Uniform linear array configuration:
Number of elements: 4
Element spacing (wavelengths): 0.25
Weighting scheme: blackman
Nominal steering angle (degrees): -45
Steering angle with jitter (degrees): -45.069
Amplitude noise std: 0.05
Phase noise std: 0.05

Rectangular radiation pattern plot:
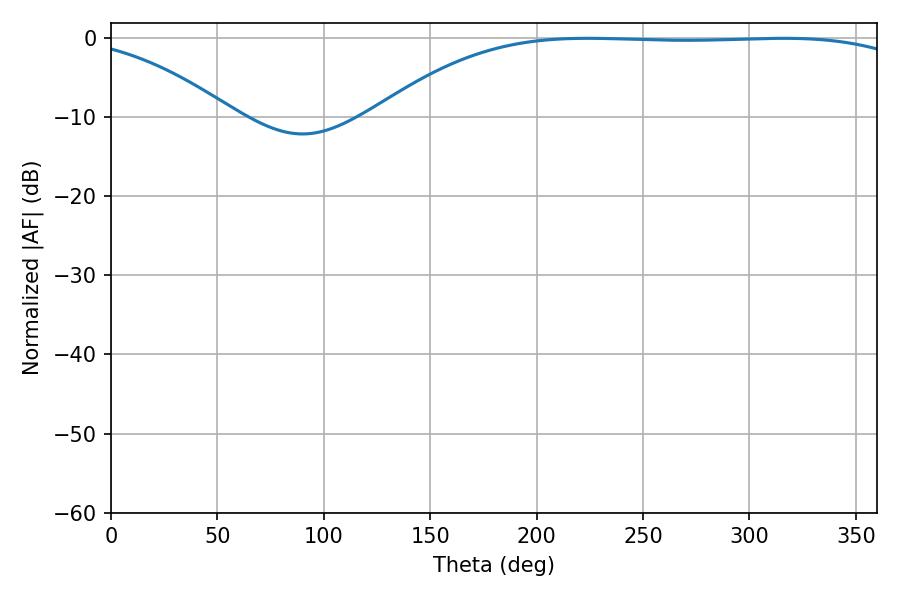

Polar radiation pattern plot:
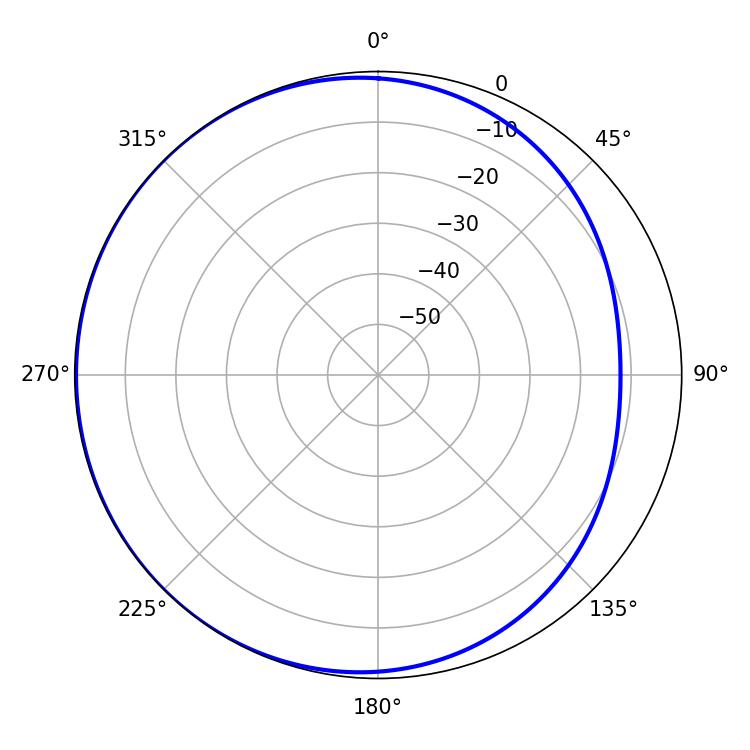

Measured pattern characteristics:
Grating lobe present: FALSE
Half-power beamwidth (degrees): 198
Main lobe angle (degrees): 223.92